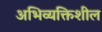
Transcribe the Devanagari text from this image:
अभिव्यक्तिशील